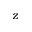
z